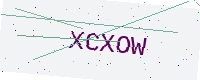
Text: XCXOW